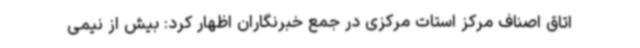
اتاق اصناف مرکز استات مرکزی در جمع خبرنگاران اظهار کرد: بیش از نیمی